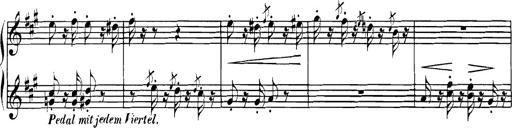
Title: Spinnerlied aus dem Fliegenden HollÃ¤nder
Composer: Franz Liszt